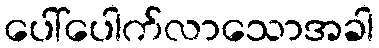
ပေါ်ပေါက်လာသောအခါ